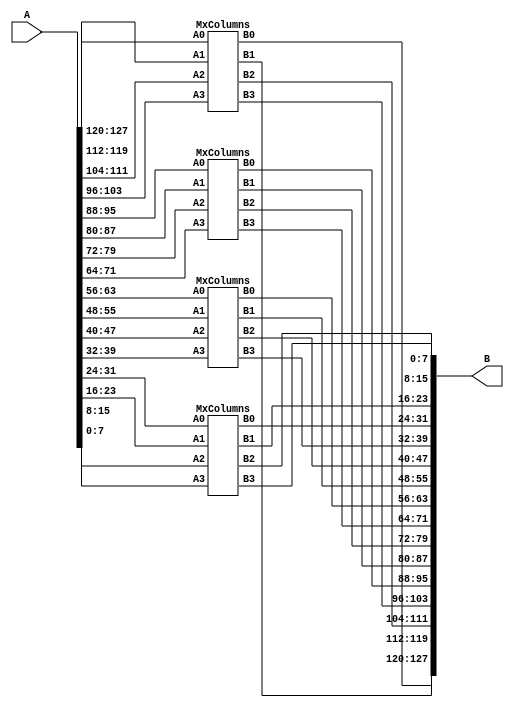
module MixColumns(A,B);

input [127:0] A;
output [127:0] B;

// Split the 128-bit input into four 32-bit segments
wire [31:0] input_wires[3:0];
assign input_wires[0] = A[127:96];
assign input_wires[1] = A[95:64];
assign input_wires[2] = A[63:32];
assign input_wires[3] = A[31:0];

// Outputs for each MixColumns instance
wire [31:0] output_wires[3:0];

// Instantiate the MixColumns module four times
MxColumns mix0(input_wires[0][31:24], input_wires[0][23:16], input_wires[0][15:8], input_wires[0][7:0],
                output_wires[3][31:24], output_wires[3][23:16], output_wires[3][15:8], output_wires[3][7:0]);

MxColumns mix1(input_wires[1][31:24], input_wires[1][23:16], input_wires[1][15:8], input_wires[1][7:0],
                output_wires[2][31:24], output_wires[2][23:16], output_wires[2][15:8], output_wires[2][7:0]);

MxColumns mix2(input_wires[2][31:24], input_wires[2][23:16], input_wires[2][15:8], input_wires[2][7:0],
                output_wires[1][31:24], output_wires[1][23:16], output_wires[1][15:8], output_wires[1][7:0]);

MxColumns mix3(input_wires[3][31:24], input_wires[3][23:16], input_wires[3][15:8], input_wires[3][7:0],
                output_wires[0][31:24], output_wires[0][23:16], output_wires[0][15:8], output_wires[0][7:0]);

// Combine the 32-bit segments into the 128-bit output
assign B[127:96] = output_wires[3];
assign B[95:64] = output_wires[2];
assign B[63:32] = output_wires[1];
assign B[31:0] = output_wires[0];

endmodule



module MxColumns(A0,A1,A2,A3,B0,B1,B2,B3);

input [7:0]A0;
input [7:0]A1;
input [7:0]A2;
input [7:0]A3;

output [7:0]B0;
output [7:0]B1;
output [7:0]B2;
output [7:0]B3;

wire [7:0]a0;
wire [7:0]a1;
wire [7:0]a2;
wire [7:0]a3;

wire [7:0]b0;
wire [7:0]b1;
wire [7:0]b2;
wire [7:0]b3;

wire [3:0]temp;

assign a0 = A0;
assign temp[0] = a0 >> 7;
assign b0 = (A0 << 1) ^ (temp[0] * 8'h1B);

assign a1 = A1;
assign temp[1] = a1 >> 7;
assign b1 = (A1 << 1) ^ (temp[1] * 8'h1B);

assign a2 = A2;
assign temp[2] = a2 >> 7;
assign b2 = (A2 << 1) ^ (temp[2] * 8'h1B);

assign a3 = A3;
assign temp[3] = a3 >> 7;
assign b3 = (A3 << 1) ^ (temp[3] * 8'h1B);

assign B0 = b0 ^ a3 ^ a2 ^ b1 ^ a1;
assign B1 = b1 ^ a0 ^ a3 ^ b2 ^ a2;
assign B2 = b2 ^ a1 ^ a0 ^ b3 ^ a3;
assign B3 = b3 ^ a2 ^ a1 ^ b0 ^ a0;

endmodule